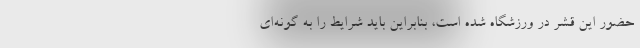
حضور این قشر در ورزشگاه شده است، بنابراین باید شرایط را به گونه‌ای